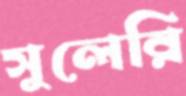
সুলেরি